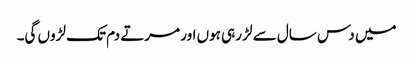
میں دس سال سے لڑ رہی ہوں اور مرتے دم تک لڑوں گی۔